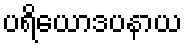
ပရိယောဒပနာယ